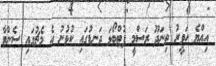
އިއްޔެ ހަވީރު ތިނަދޫ ރަސްމީ ފުޓްބޯޅަ ދަނޑުގައި ކުޅުނު އެ މެޗުގައި ސެންޓާ